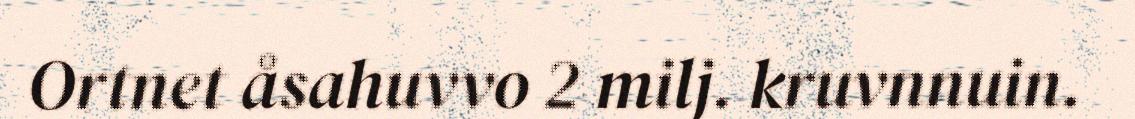
Ortnet åsahuvvo 2 milj. kruvnnuin.